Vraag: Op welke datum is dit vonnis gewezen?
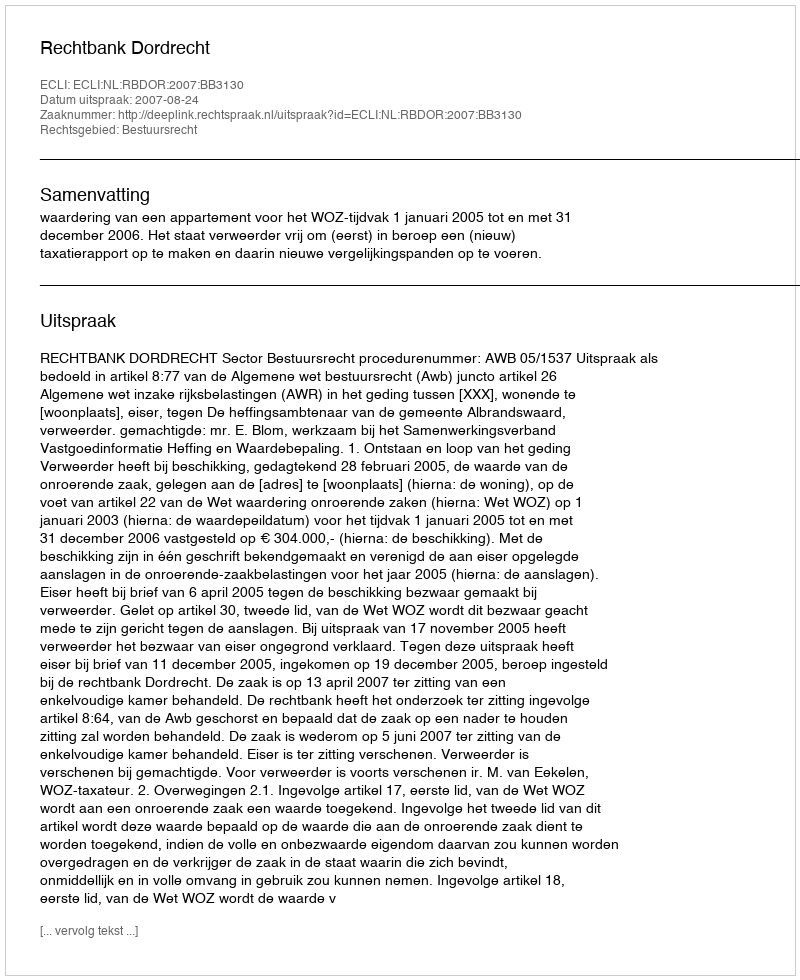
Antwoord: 2007-08-24